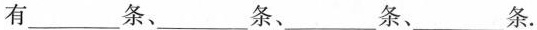
有___条、___条、___条、___条。